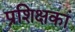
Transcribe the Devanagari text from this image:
प्रशिक्षकां